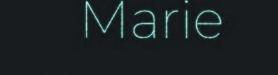
Marie